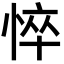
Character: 悴